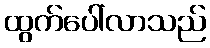
ထွက်ပေါ်လာသည်